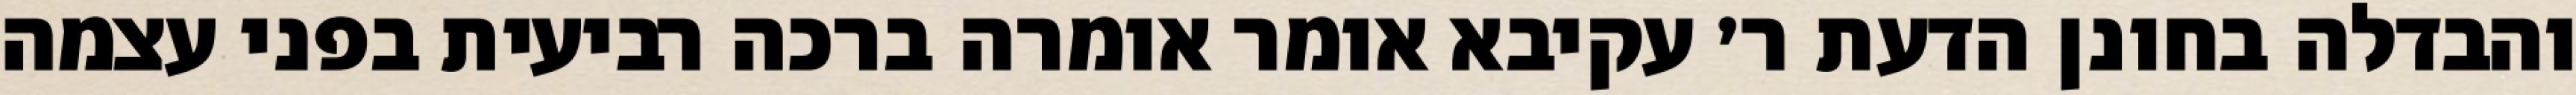
והבדלה בחונן הדעת ר׳ עקיבא אומר אומרה ברכה רביעית בפני עצמה